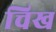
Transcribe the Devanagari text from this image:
चिख